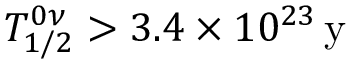
T _ { 1 / 2 } ^ { 0 \nu } > 3 . 4 \times { 1 0 ^ { 2 3 } } \, \mathrm { y }